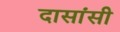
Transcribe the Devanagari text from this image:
दासांसी